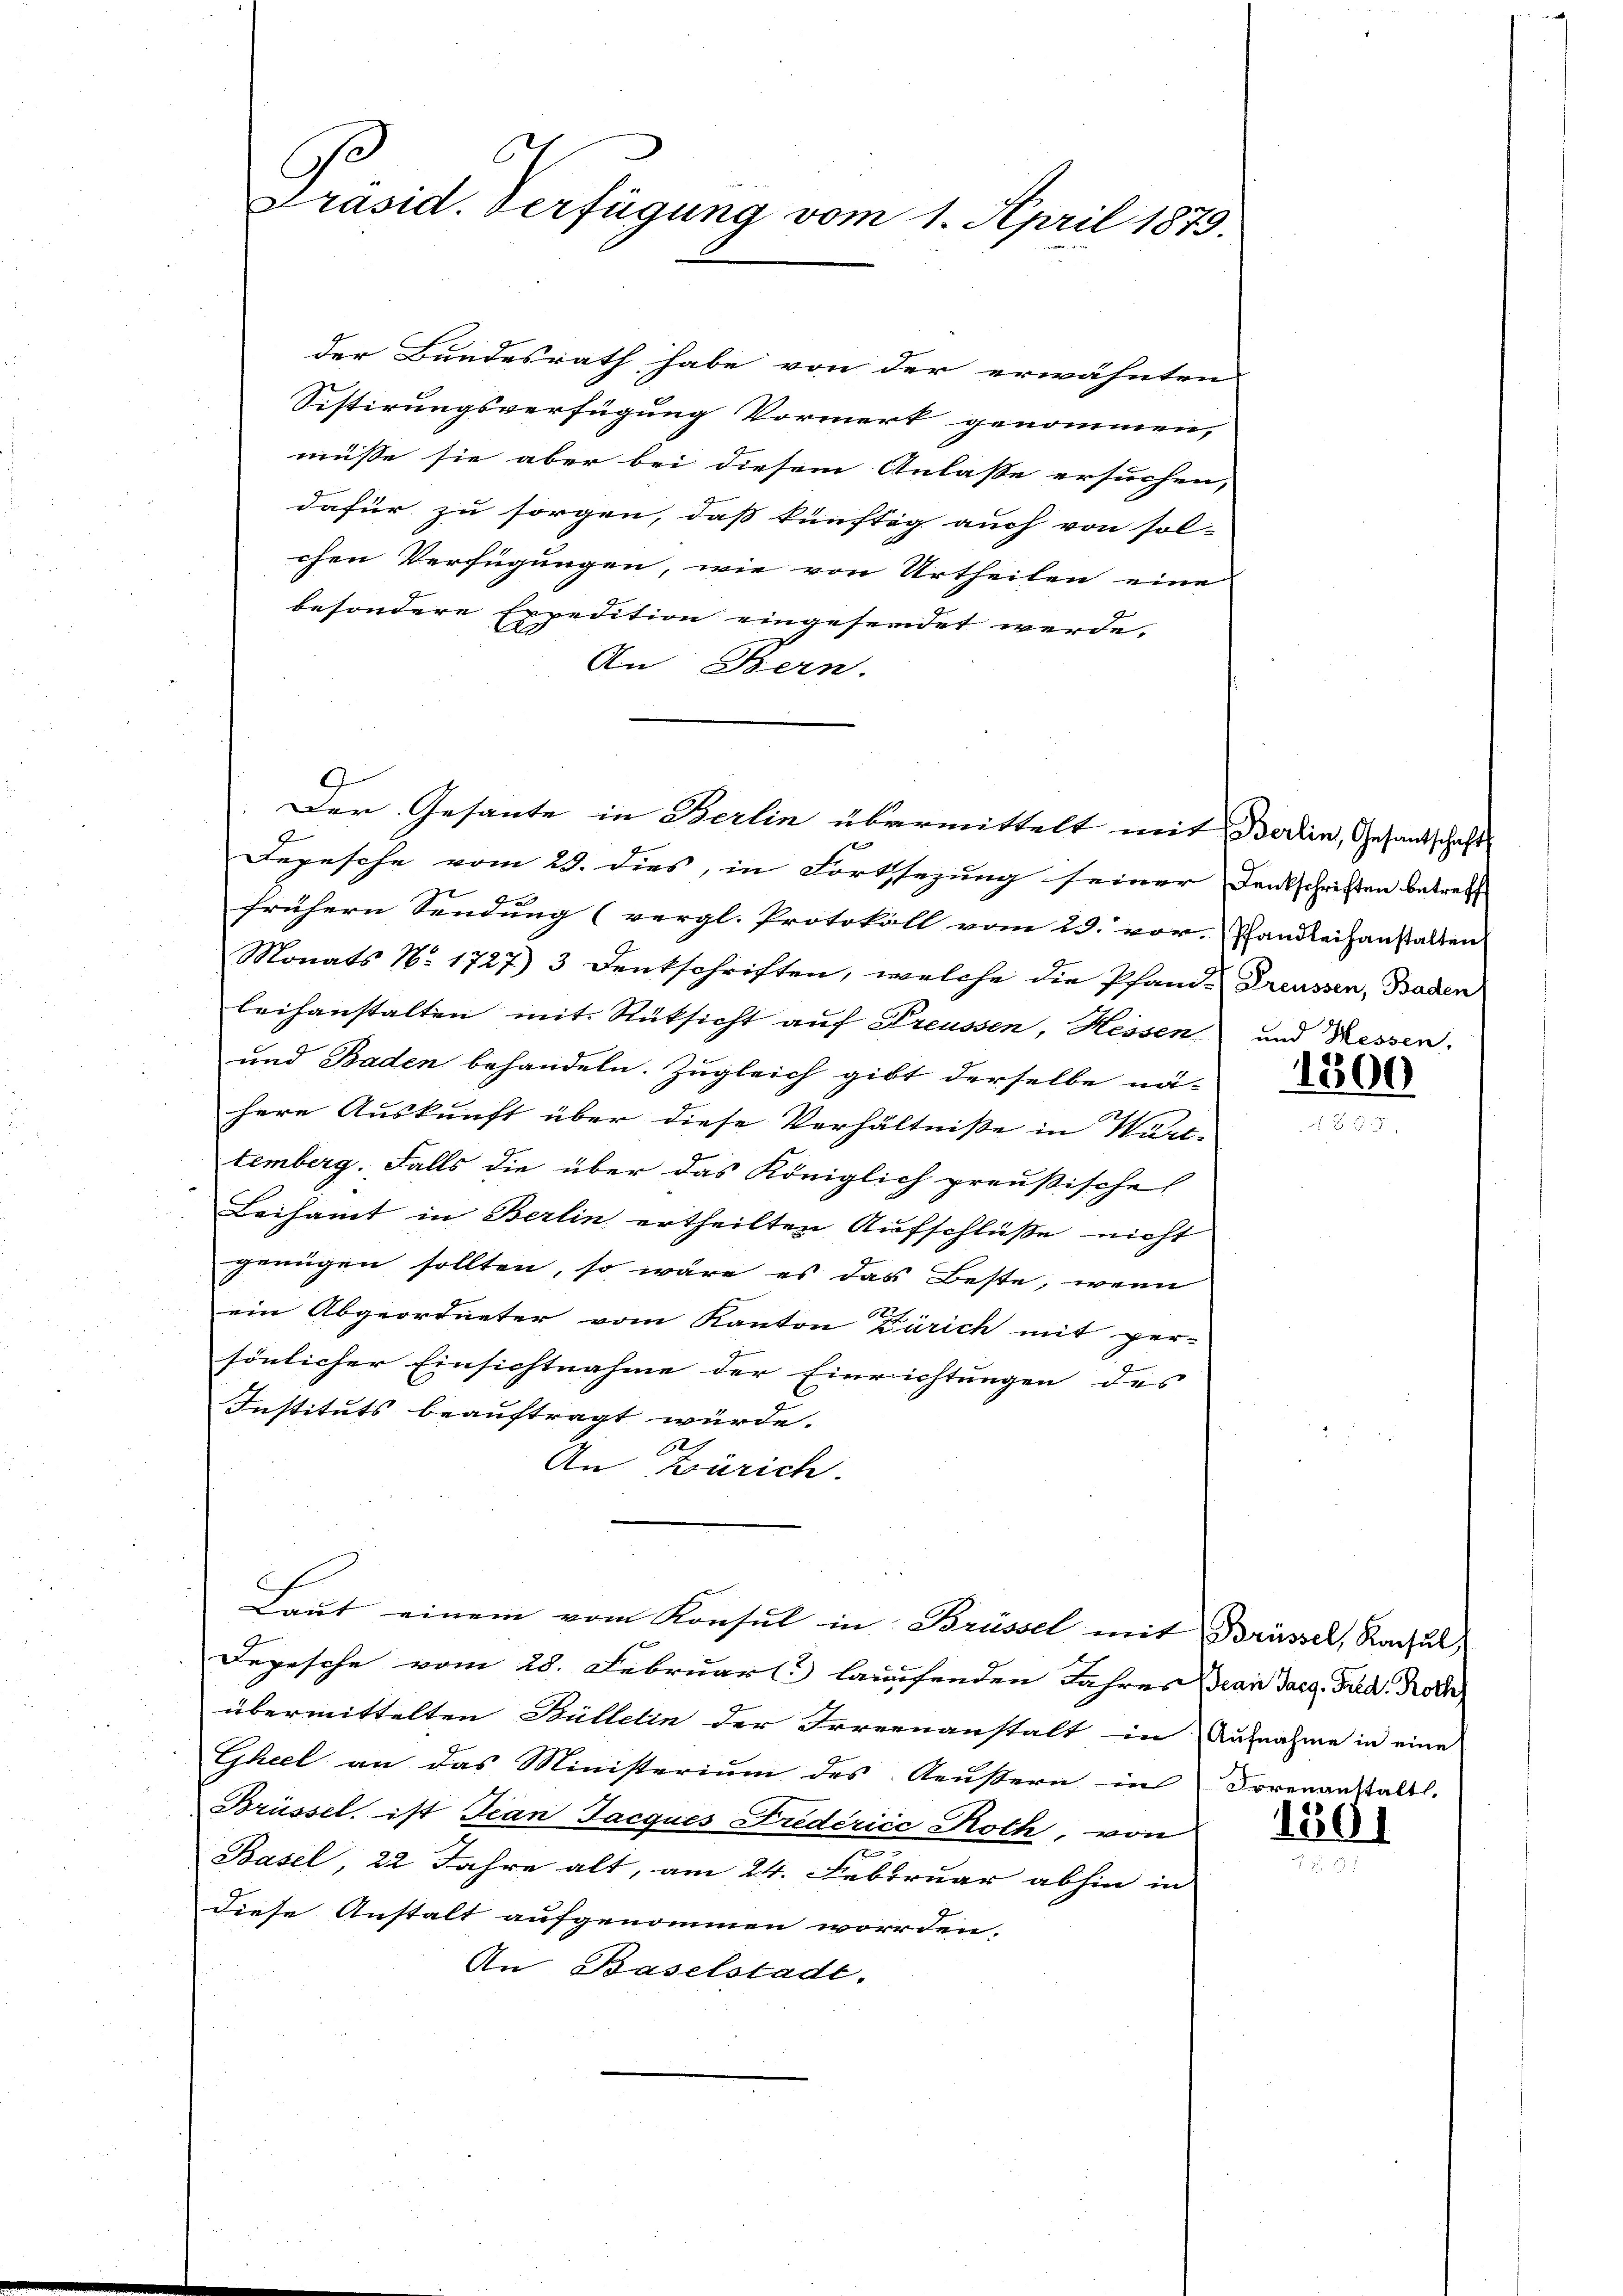
6
C
Präsid. Verfügung vom 1. April 1879.

der Bundesrath habe von der erwähnten
Sistirungsverfügung Vormerk genommen,
müsse sie aber bei diesem Anlasse ersuchen,
dafür zu sorgen, dass künftig auch von sol-
chen Verfügungen, wie von Urtheilen eine |
besondere Expedition eingesendet werde.
An Bern.
9
x
Depesche vom 23. dies, in Fortssezung seiner Deutschriften betreff
frühern Sendung (vergl. Protokoll vom 23. vor, Pfandleihanstalten
Monats No. 1727) 3 Deutschriften, welche die Pfand-Preussen, Baden
leihanstalten mit Rüksicht auf Preussen, Hessen
und Baden behandeln. Zugleich gibt derselbe nä-
here Auskunft über diese Verhältniße in Wartemberg. Falls die über das Königlich preußische
Beisamt in Berlin ertheilten Aufschlüße nicht
genügen sollten, so wäre es das Beste, wenn
ein Abgeordneter vom Kanton Zürich mit per-
sönlicher Einsichtnahme der Einrichtungen des
Instituts beauftragt würde.

An Zürich.
Laut einem vom Konsul in Brüssel mit Brüssel, Konsul
Depesche vom 28. Februar laufenden Jahres Bean Fact. Fred. Roth
übermittelten Büllein der Irrenanstalt in Aufnahme in eine
Gheel an das Ministerium des Aeußern in Dovenanstalt.
Brüssel. ist Fian Jacques Friderice Roth, von
Basel, 22 Jahre alt, am 24. Februar abhin in
diese Anstalt aufgenommen worden.
An Baselstadt.

Der Gesante in Berlin übermittelt mit Berlin, Gesantschaft

und Messen.

1800.

1301